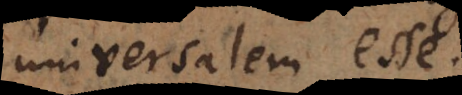
universalem Omne